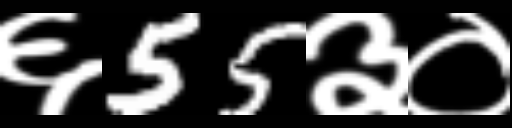
Text: ६55३०